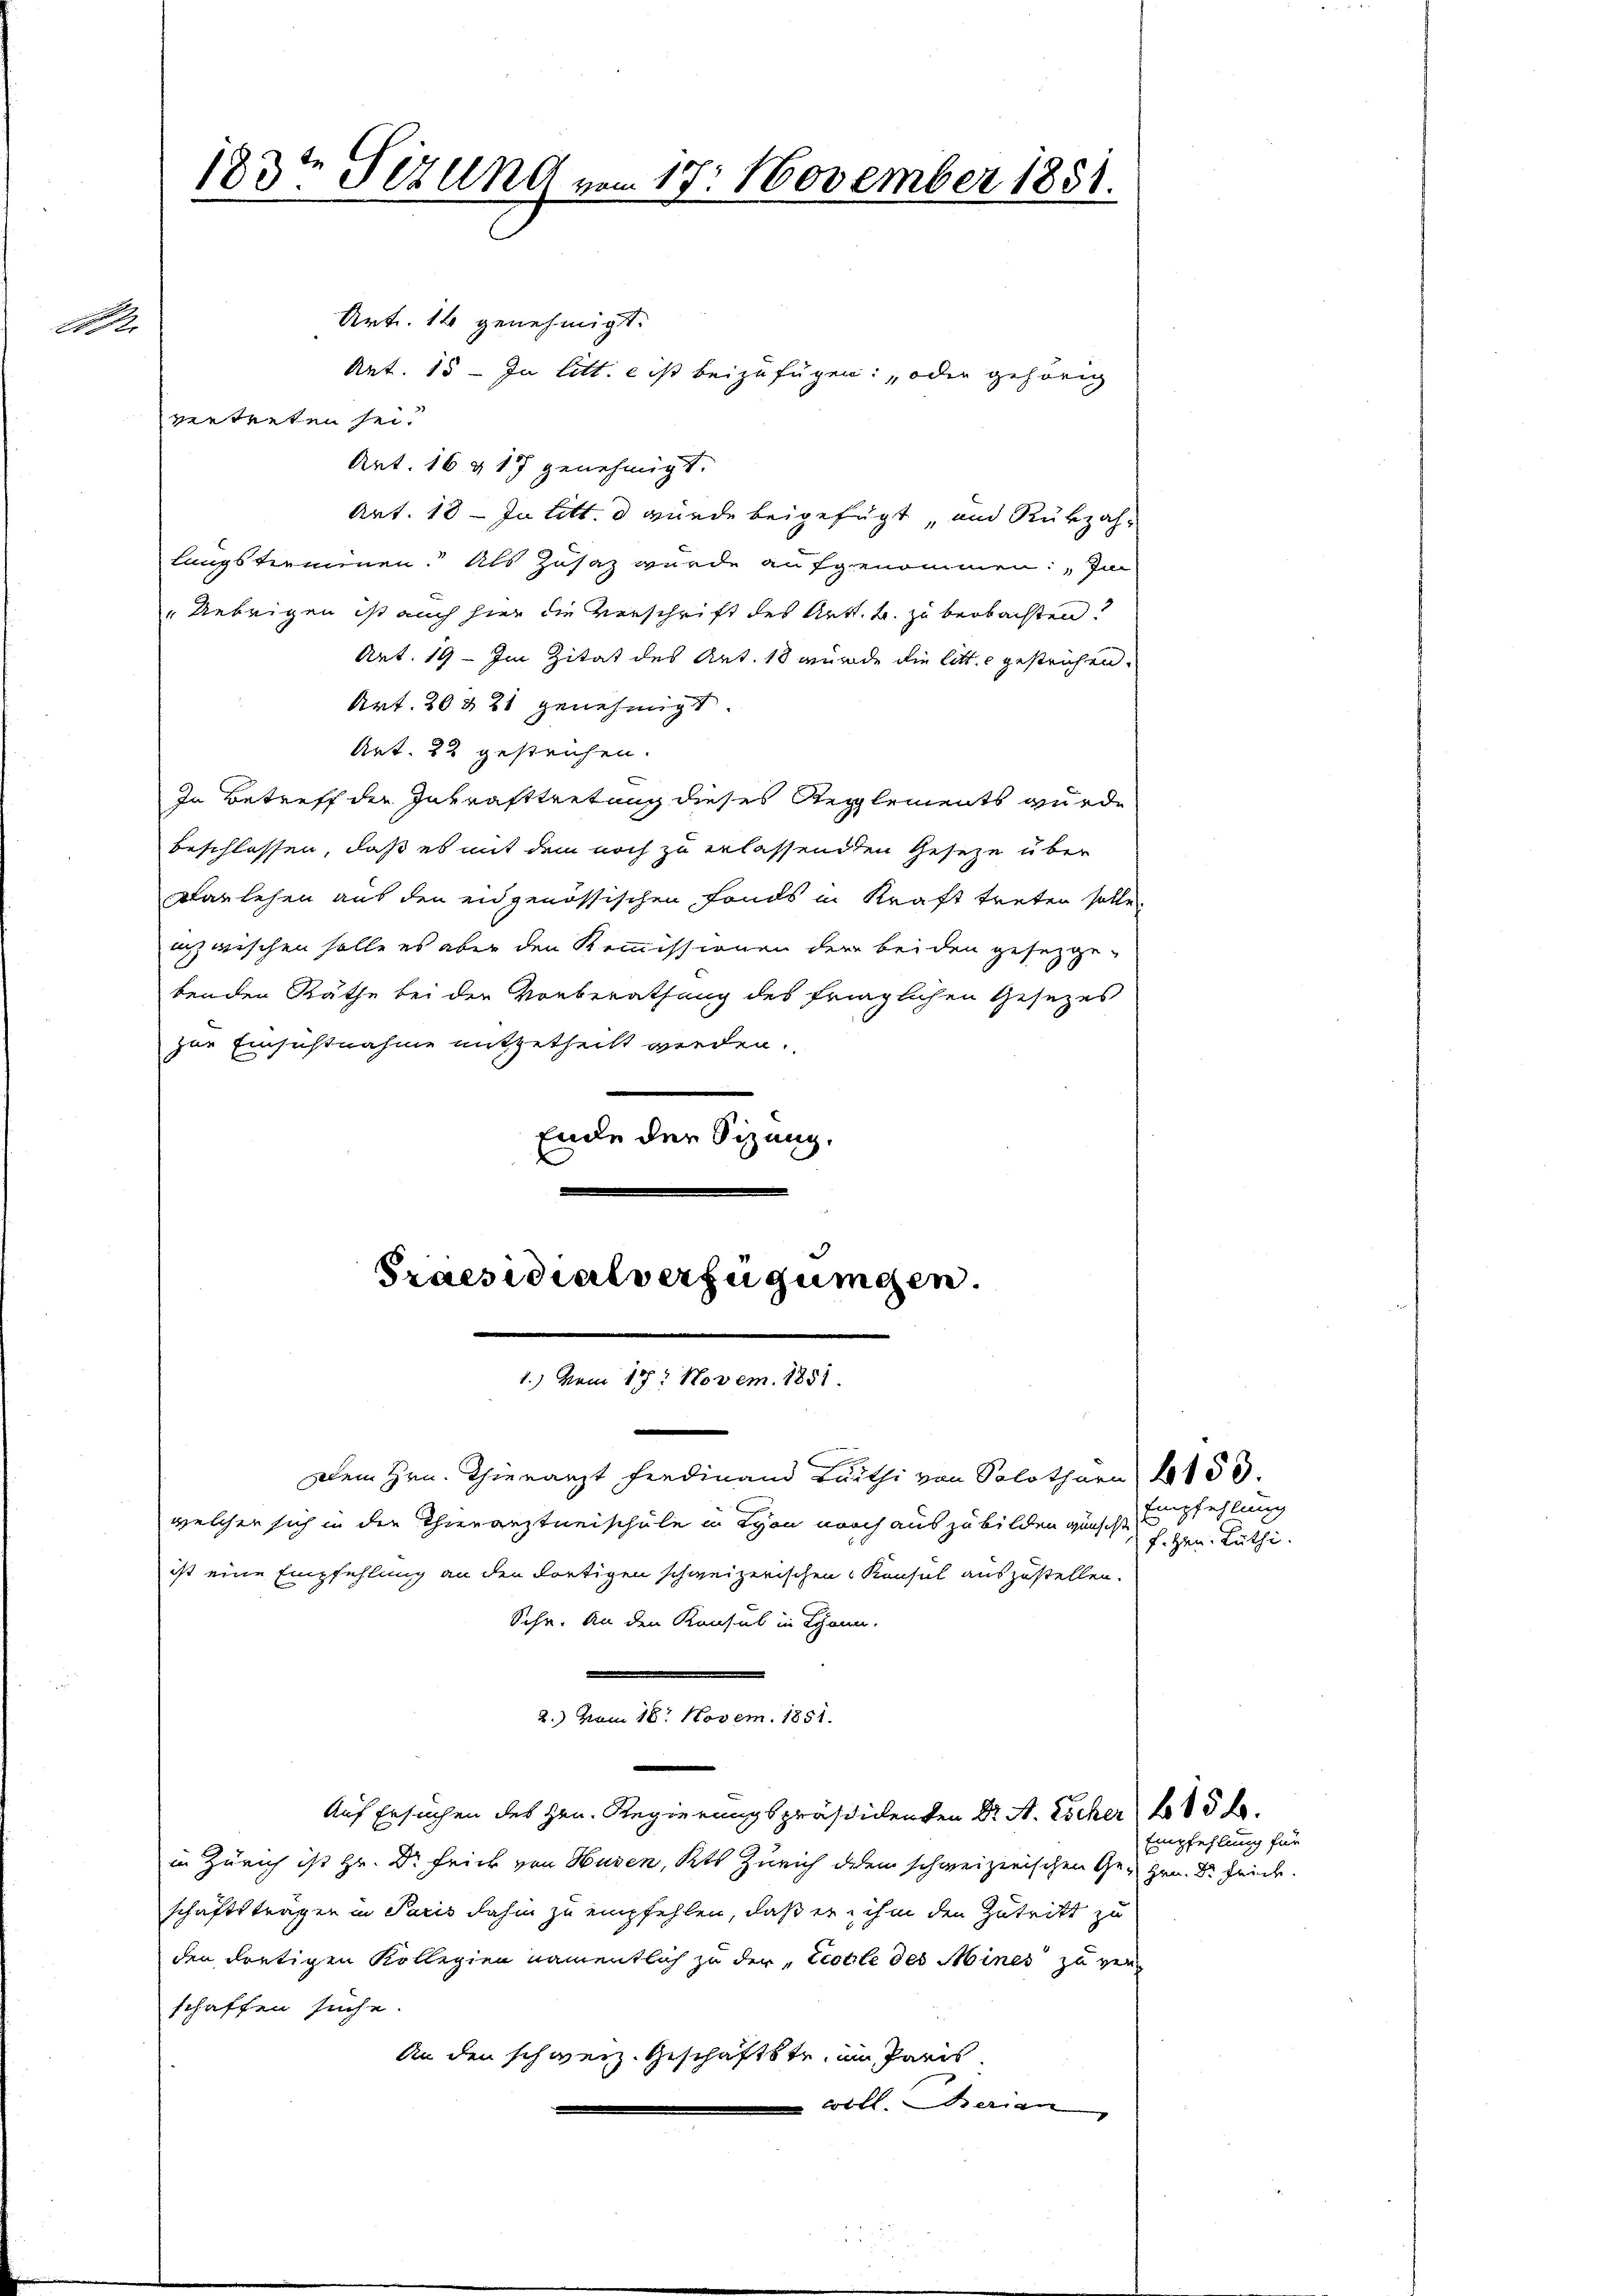
1

183te Sitzung vom 18. November 1851.

Art. 14 genehmigt.
Ant. 15 - In litt. e ist beizufügen, oder gehörig
vertreten sei.
Art. 16 & 17 genehmigt.
Art. 18 — In litt. d würde beigefügt, und Rükzah-
lungsterminen. Als Zusatz wurde aufgenommen: Im
"Uebrigen ist auch hier die Verschrift des Art. B. zu beobachten?
Art. 19 - Im Zitat des Art. 18 wurde die litt. c gestrichen.
Art. 20421 genehmigt.
Art. 22 gestreichen.
In Betreff der Inkrafttretung dieses Reglements wurde
beschlossen, daß es mit dem noch zu erlassenden Gesetze über
varlehen aus den eidgenössischen Fonds in Kraft treten solle.
inzwischen solle es aber den Kommissionen der beiden gesetzge-
benden Räthe bei der Vorberathung des fraglichen Gesezes
zur Einsichtnahme mitgetheilt werden.
Ende der Sizung.

Praesidialverfügungen.
1.) Vom 17. Novem. 1851.

Dem Hrn. Thierarzt Ferdinand Leithi von Solothurn 153.
welcher sich in die Therarztneischule in Lyon noch aus zu bilden wünscht,
ist eine Empfehlung an den dortigen schweizerischen Konsul auszustellen.
Sehr. An den Konsul in Lyann.
2.) vom 18. Novem. 1851.
Auf Ersuchen des Hrn. Regierungspräsidenten Dr. A. Escher 185 f.
in Zürich ist Hr. Dr Frick von Husen, Kts Zürich dem schweizerischen Ge- Hrn. Dr Zeich
schaftstragen in Paris dahin zu empfehlen, daß er ihm den Zutritt zu
den dortigen Kollegien namentlich zu der Ecoble des Mines zu verschaffen suche.
An den schweiz. Geschäftstr, um Paris
ill. Serien

Empfehlung
f. Hrn. Lüthi

Empfehlung für